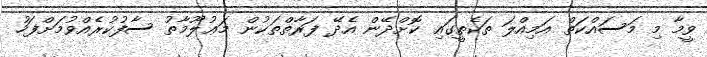
ވީމާ މި މަސައްކަތް އަމިއްލަ ތަކެތީގައި ކޮށްދޭން އެދޭ ފަރާތްތަކުން މަޢުލޫމާތު ސާފުކުރެއްވުމަށްފަހު